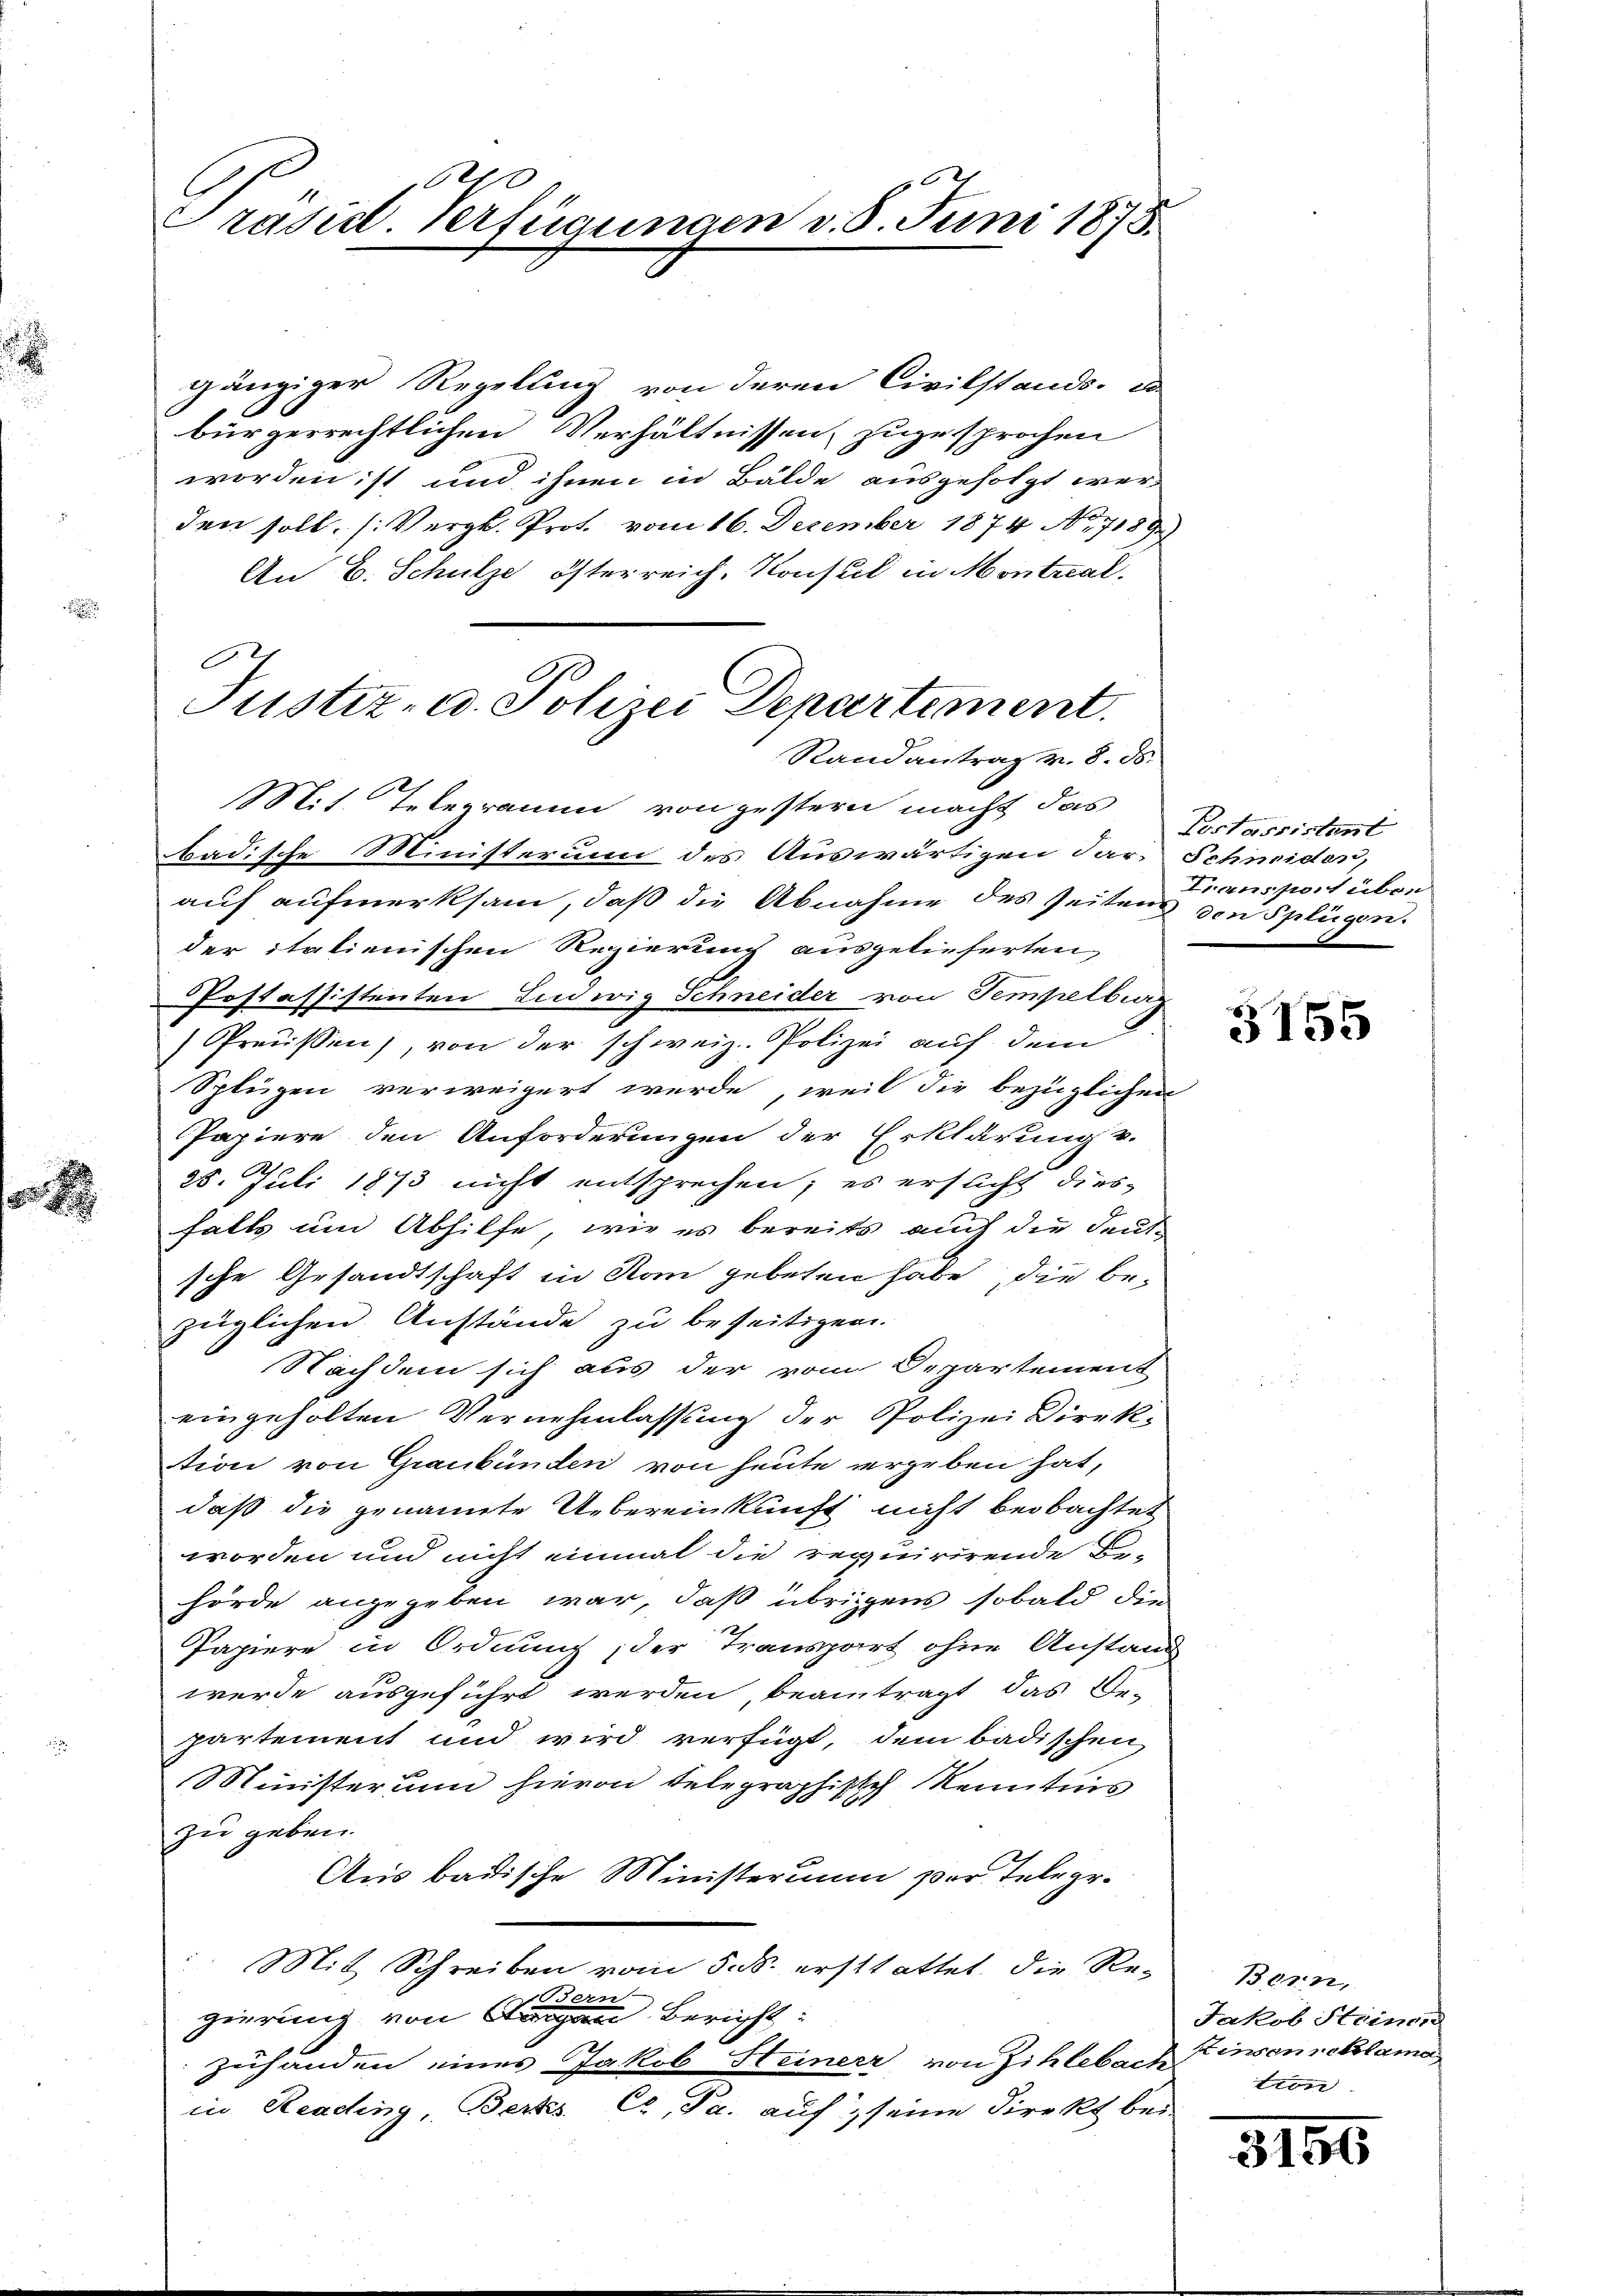
.

14
Präsid. Verfügungen v. 8. Juni 1875.

gänziger Regelung von deren Civilstands- d
bürgerrechtlichen Verhältnissen, zugesprochen
worden ist und ihnen in Bälde ausgefolgt wer
den soll. (Vergl. Prot. vom 16. Dezember 1874. No. 7189)
An E. Schulze österreich, Konsul in Montral¬
|

Justiz- u. Polizei Departement.
Randantrag v. 8. ds.

Mit Telegramm von gestern macht das
badische Ministerium des Auswärtigen dar. Schneiden,
auf aufmerksam, daß die Abnahme des Zeitens den Splügen
der italienischen Regierung ausgelieferten,
Postassistenten Ludwig Schneider von Tempelbig
Preußen), von der schweiz. Polizei auf dem
Splügen verweigert werde, weil die bezüglichen
Papiere den Anforderungen der Erklärung v.
25. Juli 1873 nicht entsprechen; es ersucht dies
falls um Abhilfe, wie es bereits auch die deut
sche Gesandtschaft in Rom gebeten habe, die be-
züglichen Anstände zu beseitigen.
Nachdem sich aus der vom Departement
eingeholten Vernehmlassung der Polizei Direk-
tion von Graubünden von heute vergeben hat,
daß die genannte Uebereinkunft nicht beobachtet
worden und nicht einmal die requirirende Be-
hörde angegeben war, daß übrigens sobald die
1 x
Papiere in Ordnung, der Transpart ohne Anstand
werde ausgeführt werden beantragt, das Be-
partement und wird verfügt, dem badischen
Ministerum hievon telegraphisch Kenntnis
zu geben.
Aus badische Ministerium zur Telegr.
Mit Schreiben vom 5. ds. erstattet, die Re-
Bern
gierung von Segen Bericht:
zuhänden eines Jakob Steiner von Zihlebach Einsen reklama
in Reading, Berts. Co. Ja. auf seine Direkt bei

Testassistant
Transport über

5155

Bern,
Jakob Steinen
tien

3196